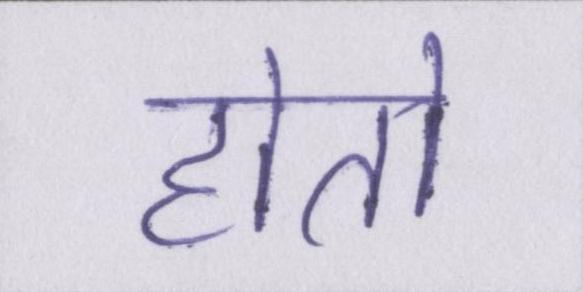
होतो